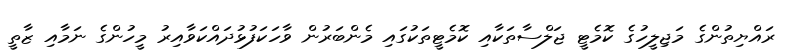
ރައްޔިތުންގެ މަޖިލީހުގެ ކޮމެޓީ ޖަލްސާތަކާއި ކޮމެޓީތަކުގައި މެންބަރުން ވާހަކަފުޅުދައްކަވާއިރު މީހުންގެ ނަމާއި ޒާތީ